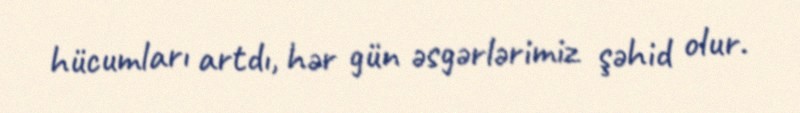
hücumları artdı, hər gün əsgərlərimiz şəhid olur.